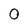
Character: 0